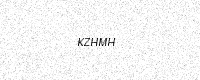
Text: KZHMH